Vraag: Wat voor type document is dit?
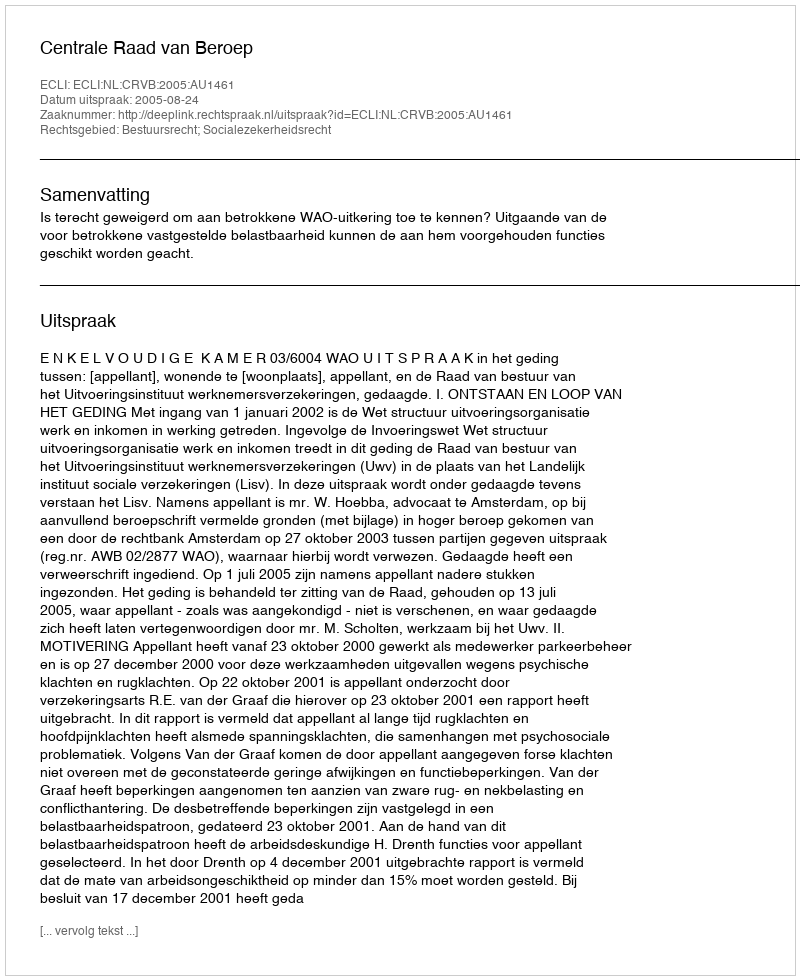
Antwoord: Uitspraak